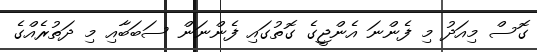
ގޮސް މިއަދު މި ފެންނަ އެންޖީގެ ގޮތުގައި ފެންނަން ސަބަބާއި މި ދަތުރެއްގެ